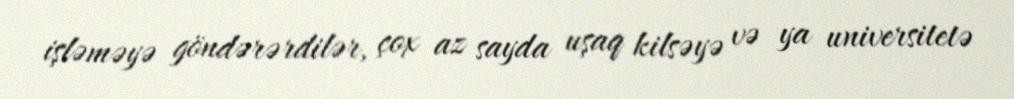
işləməyə göndərərdilər, çox az sayda uşaq kilsəyə və ya universitetə